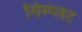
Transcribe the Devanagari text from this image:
सिम्प्लट